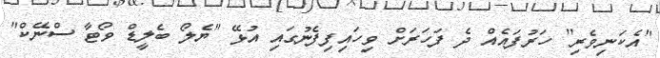
"އެކަނިވެރި" ހަރުފައެއް ދެ ފަހަރަށް ވިހައިފިފެނުގައި އުޅޭ "ޔެލޯ ބެލީޑް ވޯޓާ ސްނޭކް"